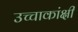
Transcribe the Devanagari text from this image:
उच्चाकांक्षी